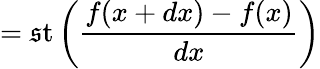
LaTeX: =\operatorname{\mathfrak{s}t}\left({\frac{{f(x+dx)-f(x)}}{{dx}}}\right)